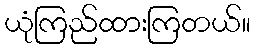
ယုံကြည်ထားကြတယ်။